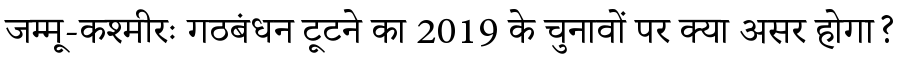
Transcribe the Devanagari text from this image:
जम्मू-कश्मीरः गठबंधन टूटने का 2019 के चुनावों पर क्या असर होगा?